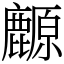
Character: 䴨